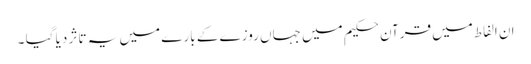
ان الفاط میں قرآن حکیم میں جہاں روزے کے بارے میں یہ تاثر دیا گیا ۔